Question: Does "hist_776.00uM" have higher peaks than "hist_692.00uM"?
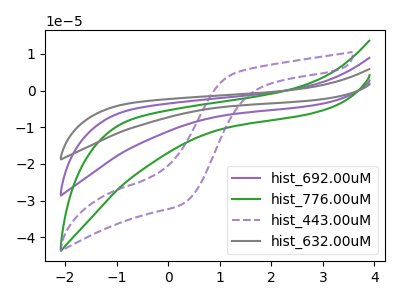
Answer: <think>The purple curve "hist_692.00uM" has no peaks. The green curve "hist_776.00uM" has no peaks. The purple dashed curve "hist_443.00uM" has no peaks. The gray curve "hist_632.00uM" has no peaks.</think>
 <answer>Niether CV has any peaks.</answer>
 <eval>blanks</eval>